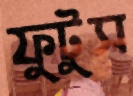
ফুটুস